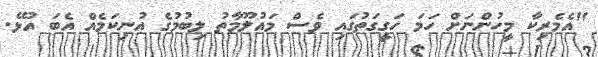
"އެމެރިކާ މީހުންނަށް ހަމަ ހަގީގަތުގައި ވެސް މައުލޫމާތު ލިބުމުގެ އުނިކަމެއް އެބަ އުޅޭ.